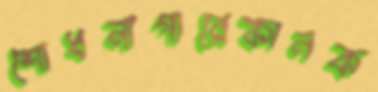
শোধনাগারেকানক